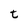
Character: t